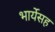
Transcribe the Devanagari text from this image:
भार्येसह